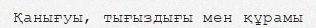
Қанығуы, тығыздығы мен құрамы